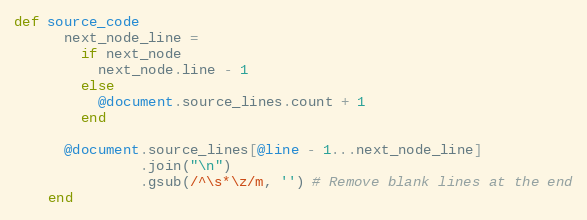
Language: Ruby
def source_code
      next_node_line =
        if next_node
          next_node.line - 1
        else
          @document.source_lines.count + 1
        end

      @document.source_lines[@line - 1...next_node_line]
               .join("\n")
               .gsub(/^\s*\z/m, '') # Remove blank lines at the end
    end